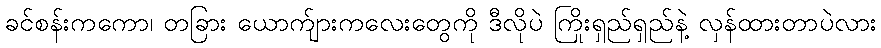
ခင်စန်းကကော၊ တခြား ယောက်ျားကလေးတွေကို ဒီလိုပဲ ကြိုးရှည်ရှည်နဲ့ လှန်ထားတာပဲလား